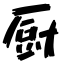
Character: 厨